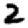
Digit: 2